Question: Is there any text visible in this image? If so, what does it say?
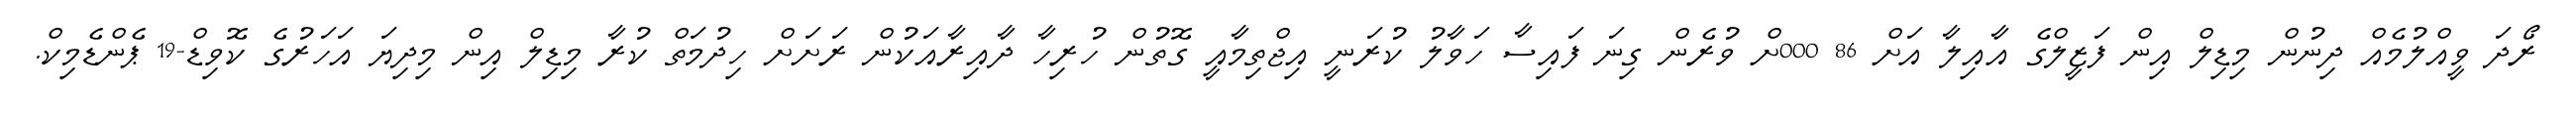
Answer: ރޯދަ ވީއްލުމެއް ދިނުން މިޑިލް އިން ފަޒީލްގެ އާއިލާ އަށް 86 000ށް ވުރެން ގިނަ ފައިސާ ހަވާލު ކުރަނީ އިޖްތިމާއީ ގޮތުން ހުރިހާ ދާއިރާއަކުން ރަށަށް ހިދުމަތް ކުރާ މިޑިލް އިން މިދިޔަ އަހަރުގެ ކޮވިޑް-19 ޕެންޑެމިކް.